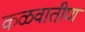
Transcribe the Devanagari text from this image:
कळवातीण